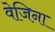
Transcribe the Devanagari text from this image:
वेजिना